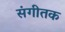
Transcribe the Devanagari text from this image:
संगीतक